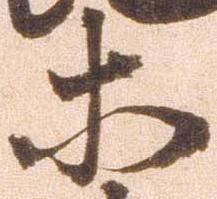
等